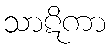
သာဋိကာ